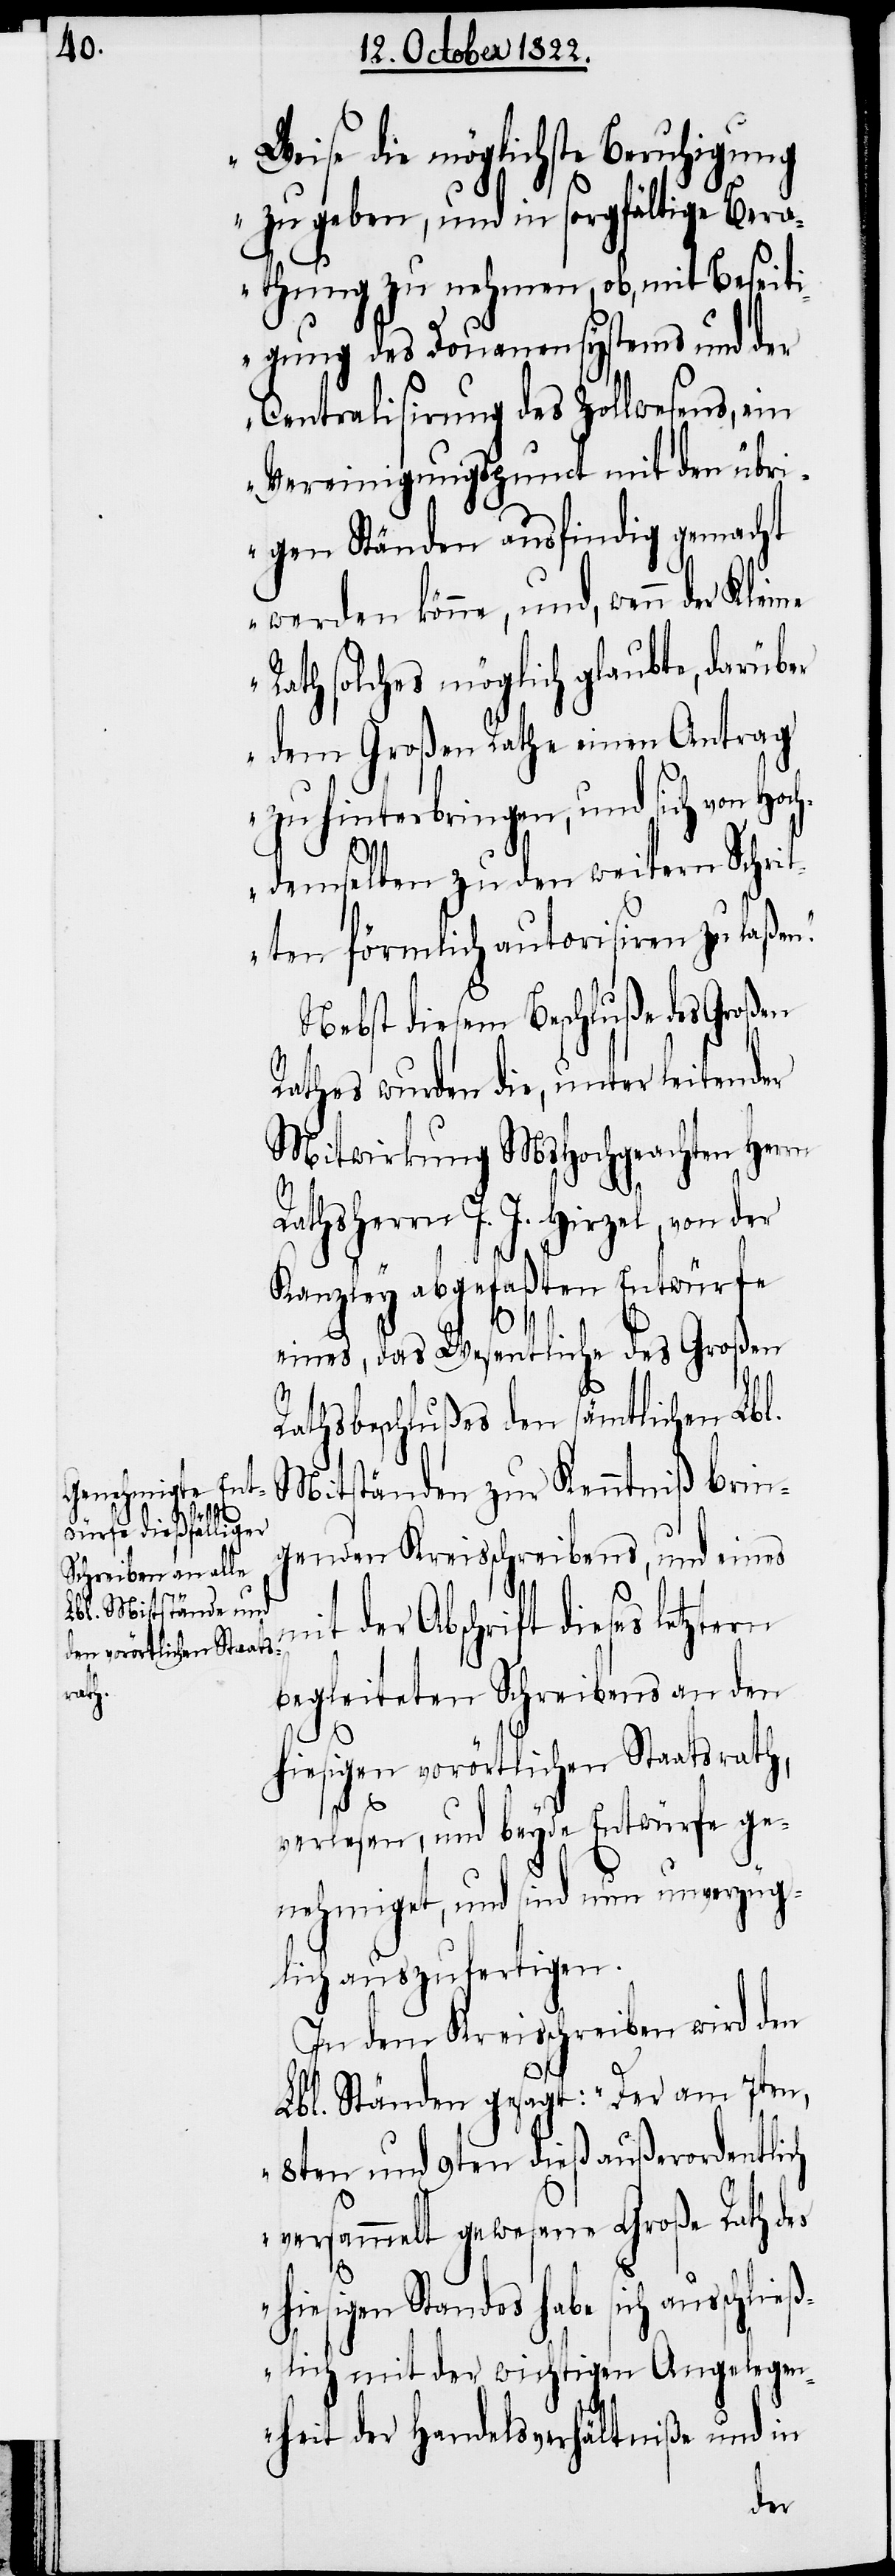
Weise die möglichste Beruhigung
zu geben, und in sorgfältige Bera¬
thung zu nehmen, ob, mit Beseiti¬
gung des Douanensystems und der
Centralisirung des Zollwesens, ein
Vereinigungspunct mit den übr¬
igen Ständen ausfindig gemacht
werden könne, und, wenn
Rath solches möglich glaubte, darüber
dem Großen Rathe einen Antrag
zu hinterbringen, und sich von Hoc¬
hdemselben zu den weitern Schri¬
tten förmlich autorisiren zu laßen.“
Nebst diesem Beschluße des Großen
Rathes wurden die, unter leitender
Mitwirkung MsHochgeachten Herrn
Rathsherrn J. J. Hirzel, von der
Kanzley abgefaßten Entwürfe
m¬
eines, das Wesentliche des Großen
Rathsbeschlußes den sämtlichen Lbl.
Mitständen zur Kenntniß brin¬
genden Kreisschreibens, und eines
it der Abschrift dieses letztern
begleiteten Schreibens an den
hiesigen vorörtlichen Staatsrath,
verlesen, und beyde Entwürfe ge¬
nehmiget, und sind nun unverzüg¬
lich auszufertigen.
In dem Kreisschreiben wird den
Lbl. Ständen gesagt: „Der am 7ten,
8ten und 9ten dieß außerordentlich
versammelt gewesene Große Rath des
hiesigen Standes habe sich ausschlie¬
ßlich mit der wichtigen Angelegen¬
heit der Handelsverhältniße und in
der